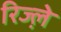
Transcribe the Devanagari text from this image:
रिज्ल़े